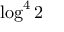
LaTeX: \log ^ { 4 } 2